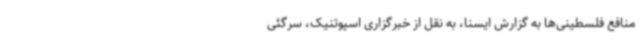
منافع فلسطینی‌ها به گزارش ایسنا، به نقل از خبرگزاری اسپوتنیک، سرگئی